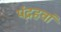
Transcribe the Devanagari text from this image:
पंद्रहवां